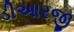
ડીઆરજી